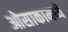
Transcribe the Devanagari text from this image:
ओसाकामध्ये